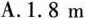
A.1.8m